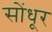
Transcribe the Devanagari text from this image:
सोंधूर